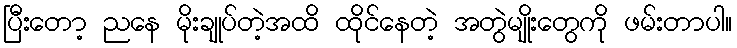
ပြီးတော့ ညနေ မိုးချုပ်တဲ့အထိ ထိုင်နေတဲ့ အတွဲမျိုးတွေကို ဖမ်းတာပါ။